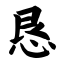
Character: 恳